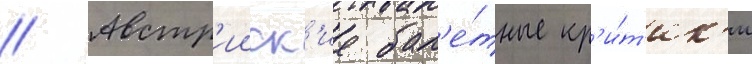
// Австр'ииск'ие бал'е́тные кр'и́т'ик'и